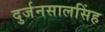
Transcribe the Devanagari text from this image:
दुर्जनसालसिंह